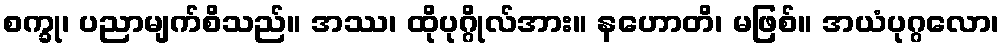
စက္ခု၊ ပညာမျက်စိသည်။ အဿ၊ ထိုပုဂ္ဂိုလ်အား။ နဟောတိ၊ မဖြစ်။ အယံပုဂ္ဂလော၊